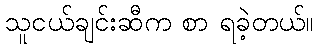
သူငယ်ချင်းဆီက စာ ရခဲ့တယ်။